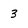
Character: 3